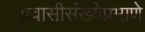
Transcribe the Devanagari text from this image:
प्रवासीसंख्येप्रमाणे